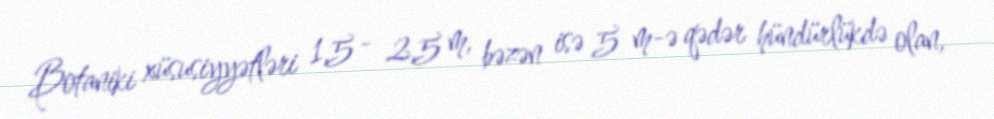
Botaniki xüsusiyyətləri 1,5 - 2,5 m, bəzən isə 5 m-ə qədər hündürlükdə olan,